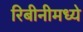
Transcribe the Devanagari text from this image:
रिबीनीमध्ये